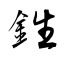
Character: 鉎